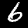
Label: 6